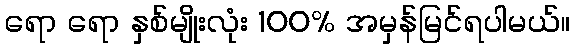
ရော ရော နှစ်မျိုးလုံး 100% အမှန်မြင်ရပါမယ်။